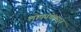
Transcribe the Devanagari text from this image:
लोकांचेकडून